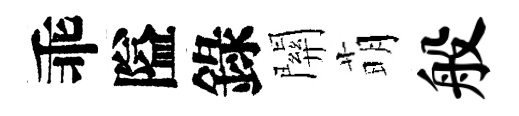
乖隘錄關萌般